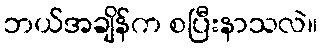
ဘယ်အချိန်က စပြီးနာသလဲ။